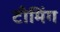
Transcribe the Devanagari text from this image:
टीमिंग